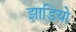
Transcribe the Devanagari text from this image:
झाडियो